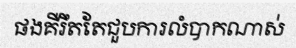
ផងគឺរឹតតែជួបការលំបាកណាស់